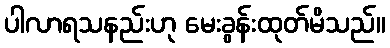
ပါလာရသနည်းဟု မေးခွန်းထုတ်မိသည်။